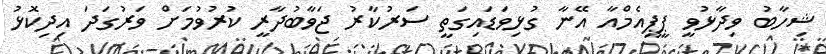
ޝިހާބު ވިދާޅުވީ ޕީޕީއެމްއާ އޭނާ ގުޅިވަޑައިގަތީ ސަރުކާރު ޖަވާބުދާރީ ކުރުވުމަށް ވަރުގަދަ އިދިކޮޅު